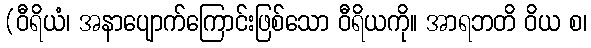
(ဝီရိယံ၊ အနာပျောက်ကြောင်းဖြစ်သော ဝီရိယကို။ အာရဘတိ ဝိယ စ၊